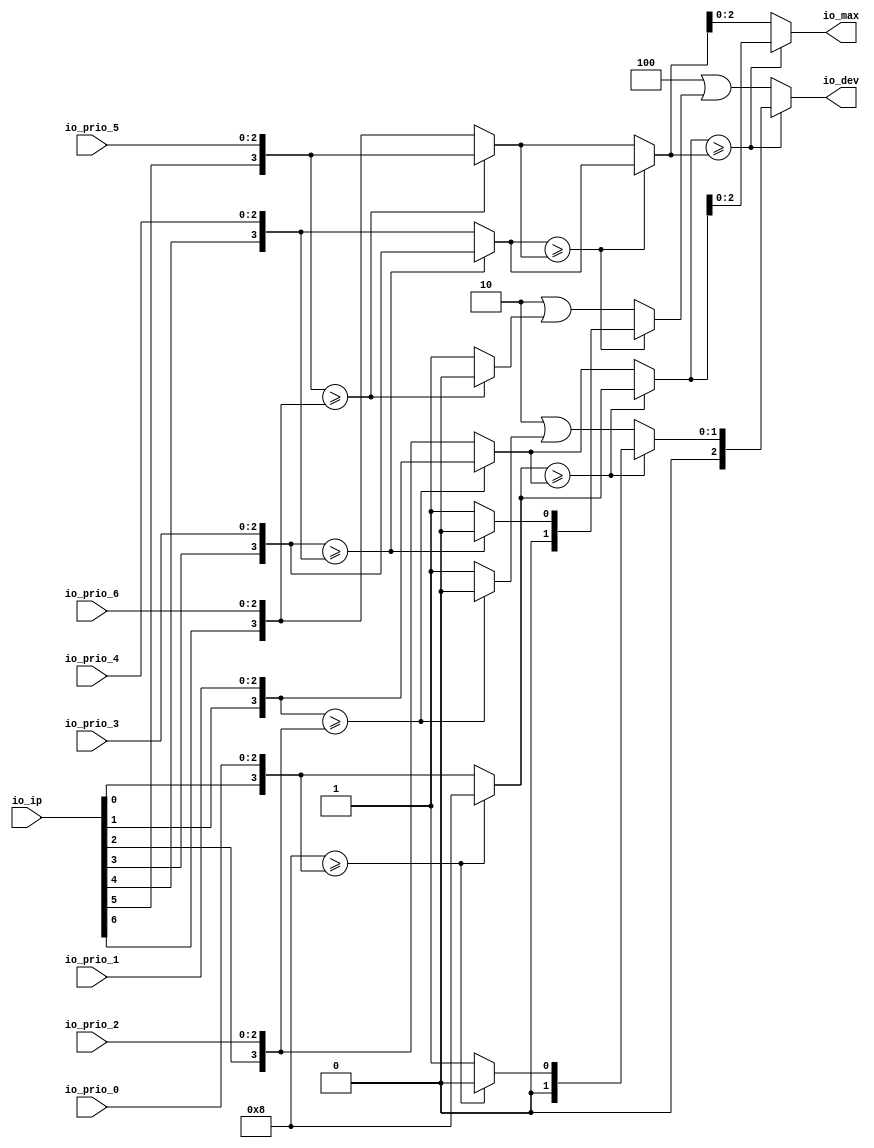
module PLICFanIn(
  input  [2:0] io_prio_0,
  input  [2:0] io_prio_1,
  input  [2:0] io_prio_2,
  input  [2:0] io_prio_3,
  input  [2:0] io_prio_4,
  input  [2:0] io_prio_5,
  input  [2:0] io_prio_6,
  input  [6:0] io_ip,
  output [2:0] io_dev,
  output [2:0] io_max
);
  wire [3:0] effectivePriority_1 = {io_ip[0],io_prio_0}; // @[Cat.scala 31:58]
  wire [3:0] effectivePriority_2 = {io_ip[1],io_prio_1}; // @[Cat.scala 31:58]
  wire [3:0] effectivePriority_3 = {io_ip[2],io_prio_2}; // @[Cat.scala 31:58]
  wire [3:0] effectivePriority_4 = {io_ip[3],io_prio_3}; // @[Cat.scala 31:58]
  wire [3:0] effectivePriority_5 = {io_ip[4],io_prio_4}; // @[Cat.scala 31:58]
  wire [3:0] effectivePriority_6 = {io_ip[5],io_prio_5}; // @[Cat.scala 31:58]
  wire [3:0] effectivePriority_7 = {io_ip[6],io_prio_6}; // @[Cat.scala 31:58]
  wire  _T = 4'h8 >= effectivePriority_1; // @[Plic.scala 344:20]
  wire [3:0] _T_2 = _T ? 4'h8 : effectivePriority_1; // @[Misc.scala 34:9]
  wire  _T_3 = _T ? 1'h0 : 1'h1; // @[Misc.scala 34:36]
  wire  _T_4 = effectivePriority_2 >= effectivePriority_3; // @[Plic.scala 344:20]
  wire [3:0] _T_6 = _T_4 ? effectivePriority_2 : effectivePriority_3; // @[Misc.scala 34:9]
  wire  _T_7 = _T_4 ? 1'h0 : 1'h1; // @[Misc.scala 34:36]
  wire  _T_8 = _T_2 >= _T_6; // @[Plic.scala 344:20]
  wire [1:0] _GEN_0 = {{1'd0}, _T_7}; // @[Plic.scala 344:61]
  wire [1:0] _T_9 = 2'h2 | _GEN_0; // @[Plic.scala 344:61]
  wire [3:0] _T_10 = _T_8 ? _T_2 : _T_6; // @[Misc.scala 34:9]
  wire [1:0] _T_11 = _T_8 ? {{1'd0}, _T_3} : _T_9; // @[Misc.scala 34:36]
  wire  _T_12 = effectivePriority_4 >= effectivePriority_5; // @[Plic.scala 344:20]
  wire [3:0] _T_14 = _T_12 ? effectivePriority_4 : effectivePriority_5; // @[Misc.scala 34:9]
  wire  _T_15 = _T_12 ? 1'h0 : 1'h1; // @[Misc.scala 34:36]
  wire  _T_16 = effectivePriority_6 >= effectivePriority_7; // @[Plic.scala 344:20]
  wire [3:0] _T_18 = _T_16 ? effectivePriority_6 : effectivePriority_7; // @[Misc.scala 34:9]
  wire  _T_19 = _T_16 ? 1'h0 : 1'h1; // @[Misc.scala 34:36]
  wire  _T_20 = _T_14 >= _T_18; // @[Plic.scala 344:20]
  wire [1:0] _GEN_1 = {{1'd0}, _T_19}; // @[Plic.scala 344:61]
  wire [1:0] _T_21 = 2'h2 | _GEN_1; // @[Plic.scala 344:61]
  wire [3:0] _T_22 = _T_20 ? _T_14 : _T_18; // @[Misc.scala 34:9]
  wire [1:0] _T_23 = _T_20 ? {{1'd0}, _T_15} : _T_21; // @[Misc.scala 34:36]
  wire  _T_24 = _T_10 >= _T_22; // @[Plic.scala 344:20]
  wire [2:0] _GEN_2 = {{1'd0}, _T_23}; // @[Plic.scala 344:61]
  wire [2:0] _T_25 = 3'h4 | _GEN_2; // @[Plic.scala 344:61]
  wire [3:0] maxPri = _T_24 ? _T_10 : _T_22; // @[Misc.scala 34:9]
  assign io_dev = _T_24 ? {{1'd0}, _T_11} : _T_25; // @[Misc.scala 34:36]
  assign io_max = maxPri[2:0]; // @[Plic.scala 350:10]
endmodule